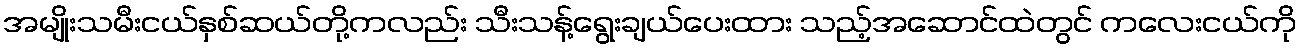
အမျိုးသမီးငယ်နှစ်ဆယ်တို့ကလည်း သီးသန့်ရွေးချယ်ပေးထား သည့်အဆောင်ထဲတွင် ကလေးငယ်ကို